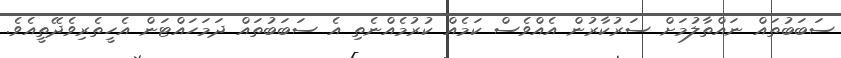
ސަބަބުތައް ނައްތާލުމަށް ސަރުކާރުން އެއްވެސް ކަމެއް ކުރުމެއްނެތި އެ ސަބަބުތައް ދަމަހައްޓަން އެހީތެރިވެދޭތީއެވެ.